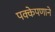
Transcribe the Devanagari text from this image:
पक्केपणाने